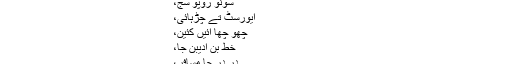
ان کی لکھی کتابوں میں
واٹوں راتیوں رول،
شکلیوں،
ویندڑ وہی لہندڑ سج،
وڈا ادیب وڈیوں گالہیوں،
سونو روپو سج،
ایورسٹ تے چڑہائی،
چھو چھا ائیں کئین،
خط بن ادیبن جا،
در در جا مسافر،
ون ون جی کاٹھی،
چھا لکھاں،
اور اس کے علاوہ ان کے 2 انگریزی ناول
دی ڈیڈ ریور اور
رسٹکس شامل ہیں۔